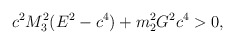
\begin{align*}c^{2}M_{3}^{2}(E^{2} - c^{4}) + m_{2}^{2}G^{2}c^{4} > 0,\end{align*}